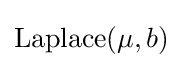
\operatorname {Laplace} (\mu ,b)